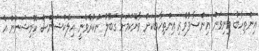
އިންތިހާބު މިނިވަން އިންސާފުވެރި އިންތިހާބަކަށް ވާނޭކަމަށް ގަބޫލު ނުކުރެވެނީ އިލެކްޝަންސް ކޮމިޝަނުން އެ